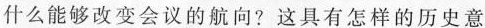
什么能够改变会议的航向?这具有怎样的历史意